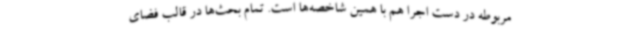
مربوطه در دست اجرا هم با همین شاخصه‌ها است. تمام بحث‌ها در قالب فضای